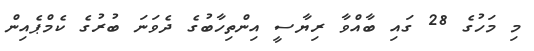
މި މަހުގެ 28 ގައި ބާއްވާ ރިޔާސީ އިންތިހާބުގެ ދެވަނަ ބުރުގެ ކެމްޕެއިން